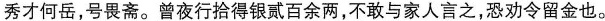
秀才何岳，号畏斋。曾夜行拾得银贰百余两，不敢与家人言之，恐劝令留金也。